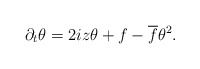
\begin{align*} \partial_t \theta = 2iz \theta + f - \overline{f} \theta^2.\end{align*}